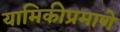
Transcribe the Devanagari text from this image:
यामिकीप्रमाणे